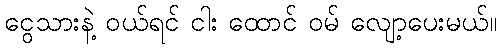
ငွေသားနဲ့ ဝယ်ရင် ငါး ထောင် ဝမ် လျော့ပေးမယ်။